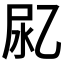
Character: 𰍴